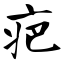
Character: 疤